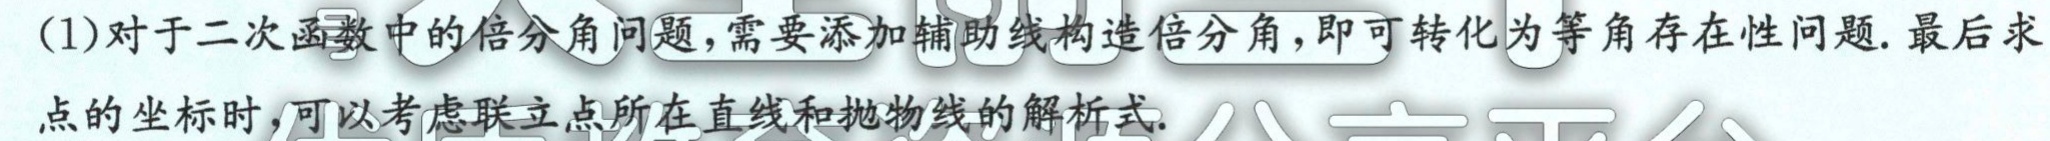
(1)对于二次函数中的倍分角问题,需要添加辅助线构造倍分角,即可转化为等角存在性问题.最后求
点的坐标时,可以考虑联立点所在直线和抛物线的解析式.